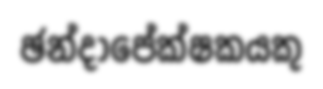
ඡන්දාපේක්ෂකයකු